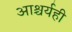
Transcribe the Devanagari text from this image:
आश्चर्यही